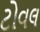
ટોવલ